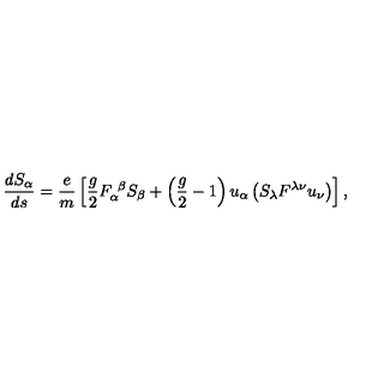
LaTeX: \frac { d S _ { \alpha } } { d s } = \frac e m \left[ \frac g 2 F _ { \alpha } ^ { \ \beta } S _ { \beta } + \left( \frac g 2 - 1 \right) u _ { \alpha } \left( S _ { \lambda } F ^ { \lambda \nu } u _ { \nu } \right) \right] ,